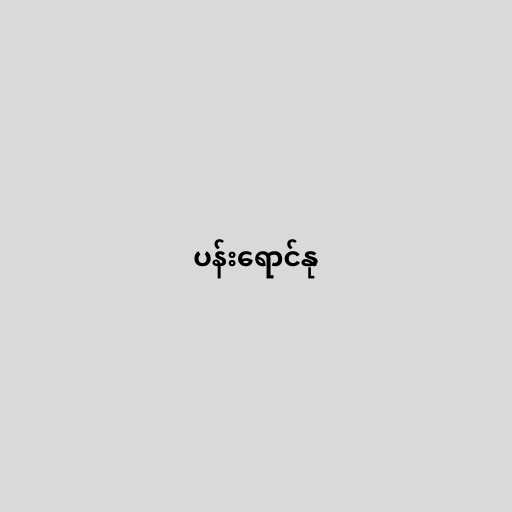
ပန်းရောင်နု